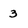
Character: 3